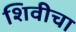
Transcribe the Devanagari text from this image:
शिवीचा